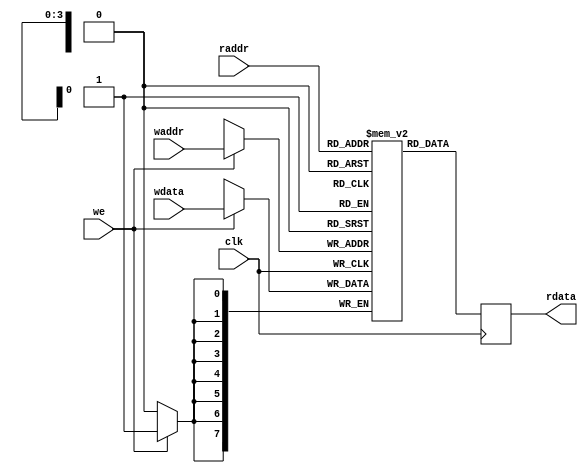
`timescale 1 ns / 1 ps

module uart_ram
   #(
     parameter DATA_BIT  = 8, // number of bits in a word
               ADDR_BIT  = 4  // number of address bits          
               
   )
   (
        input clk,
        input we,

        input [ADDR_BIT-1:0] waddr,
        input [DATA_BIT-1:0] wdata,
        input [ADDR_BIT-1:0] raddr,
        output reg [DATA_BIT-1:0] rdata


   );

    reg  [DATA_BIT-1:0]    array_reg [0:2**ADDR_BIT-1]; // register array


   always @(posedge clk) begin
    if (we) begin
        array_reg[waddr] <= wdata;
    end

    rdata <= array_reg[raddr];
   end



endmodule